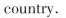
country.